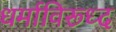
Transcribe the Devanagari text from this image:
धर्माविरूध्द